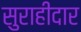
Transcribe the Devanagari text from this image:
सुराहीदार